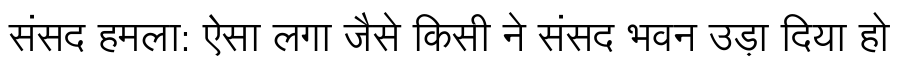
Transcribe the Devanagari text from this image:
संसद हमला: ऐसा लगा जैसे किसी ने संसद भवन उड़ा दिया हो